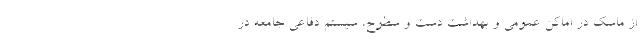
از ماسک در اماکن عمومی و بهداشت دست و سطوح، سیستم دفاعی جامعه در